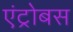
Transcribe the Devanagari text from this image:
एंट्रोबस